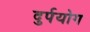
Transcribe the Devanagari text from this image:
दुर्पयोग